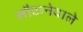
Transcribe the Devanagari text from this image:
लौटानेवाले